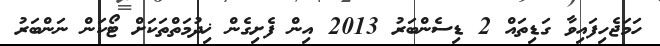
ހަމަޖެހިފައިވާ ގަޑިތައް 2 ޑިސެންބަރު 2013 އިން ފެށިގެން ޚިދުމަތްތަކަށް ޓޯކަން ނަންބަރު